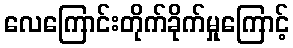
လေကြောင်းတိုက်ခိုက်မှုကြောင့်